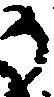
か